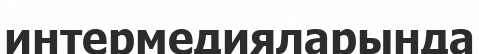
интермедияларында